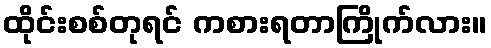
ထိုင်းစစ်တုရင် ကစားရတာကြိုက်လား။